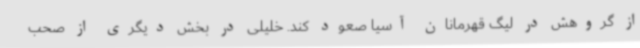
از گروهش در لیگ قهرمانان آسیا صعود کند. خلیلی در بخش دیگری از صحب